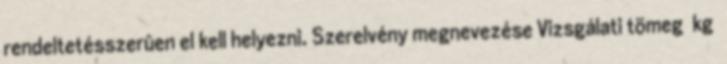
rendeltetésszerûen el kell helyezni. Szerelvény megnevezése Vizsgálati tömeg kg